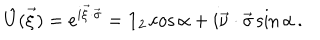
LaTeX: \hat { U } ( \vec { \xi } ) = e ^ { i \vec { \xi } \cdot \vec { \sigma } } = { \bf 1 } _ { 2 } \cos \alpha + i \vec { \nu } \cdot \vec { \sigma } \sin \alpha \, .